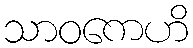
သာဝကေဟိ